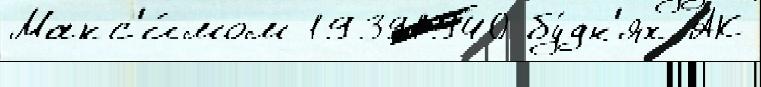
Макс'и́мом 19391940 бу́дн'ях АК